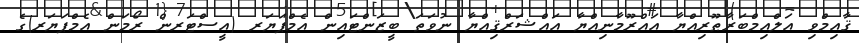
ޤާއިމްވި އަލްއިމްބަރާޠޫރިއްޔާ އައްރޫމާނިއްޔާ އައްޝަރްޤިއްޔާ ނުވަތަ ބީޒަންޓައިން އެމްޕަޔަރ (އީސްޓަރން ރޯމަން އެމްޕަޔަރ)ގެ